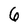
Character: 6